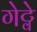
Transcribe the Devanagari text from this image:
गेट्वे